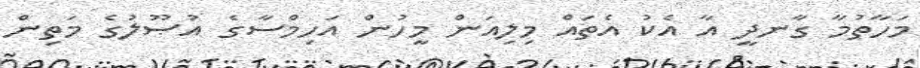
މަހާތުމާ ގާނދީ އާ އެކު އެތައް މިލިއަން މީހުން އަހިމްސާގެ އުޞޫލުގެ މަތިން